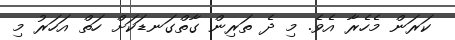
ކަރަން މެހެރާ އެވެ. މި ދެ ތަރިން ގާތްގަނޑަކަށް ހަތް އަހަރު މި